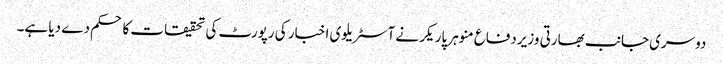
دوسری جانب بھارتی وزیردفاع منوہر پاریکر نے آسٹریلوی اخبار کی رپورٹ کی تحقیقات کا حکم دے دیا ہے۔